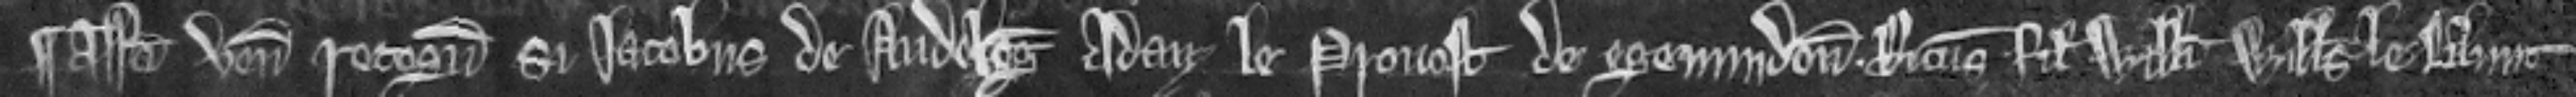
¶ assisa uenit recognitura si Iacobus de Audeleg Adam le Provost de Egemindon. Ricardus filius Willelmi. Willelmus le Blunt